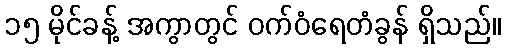
၁၅ မိုင်ခန့် အကွာတွင် ဝက်ဝံရေတံခွန် ရှိသည်။